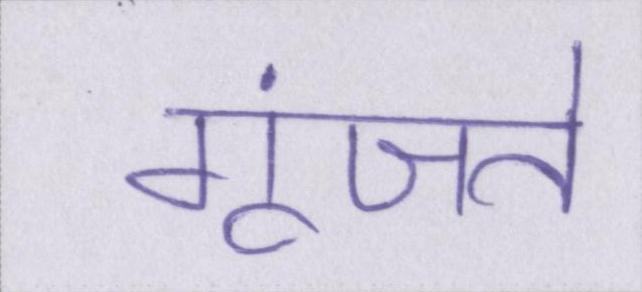
गूंजते